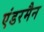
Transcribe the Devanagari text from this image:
एंडरमैन